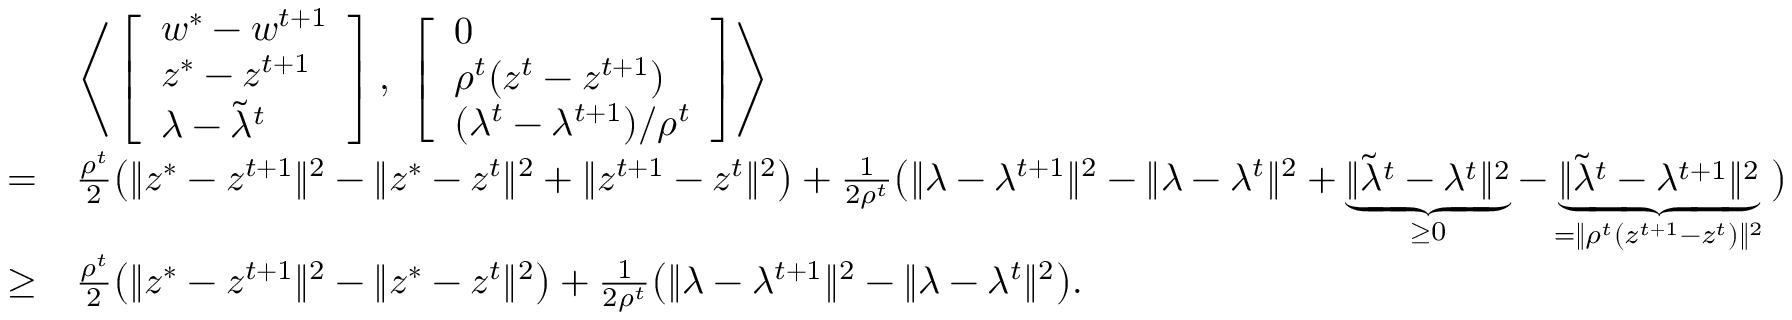
\begin{array} { r l } & { \Biggr \langle \left[ \begin{array} { l } { w ^ { * } - w ^ { t + 1 } } \\ { z ^ { * } - z ^ { t + 1 } } \\ { \lambda - \tilde { \lambda } ^ { t } } \end{array} \right] , \ \left[ \begin{array} { l } { 0 } \\ { \rho ^ { t } ( z ^ { t } - z ^ { t + 1 } ) } \\ { ( \lambda ^ { t } - \lambda ^ { t + 1 } ) / \rho ^ { t } } \end{array} \right] \Biggr \rangle } \\ { = } & { \textstyle \frac { \rho ^ { t } } { 2 } \big ( \| z ^ { * } - z ^ { t + 1 } \| ^ { 2 } - \| z ^ { * } - z ^ { t } \| ^ { 2 } + \| z ^ { t + 1 } - z ^ { t } \| ^ { 2 } \big ) + \frac { 1 } { 2 \rho ^ { t } } \big ( \| \lambda - \lambda ^ { t + 1 } \| ^ { 2 } - \| \lambda - \lambda ^ { t } \| ^ { 2 } + \underbrace { \| \tilde { \lambda } ^ { t } - \lambda ^ { t } \| ^ { 2 } } _ { \geq 0 } - \underbrace { \| \tilde { \lambda } ^ { t } - \lambda ^ { t + 1 } \| ^ { 2 } } _ { = \| \rho ^ { t } ( z ^ { t + 1 } - z ^ { t } ) \| ^ { 2 } } \big ) } \\ { \geq } & { \textstyle \frac { \rho ^ { t } } { 2 } \big ( \| z ^ { * } - z ^ { t + 1 } \| ^ { 2 } - \| z ^ { * } - z ^ { t } \| ^ { 2 } \big ) + \frac { 1 } { 2 \rho ^ { t } } \big ( \| \lambda - \lambda ^ { t + 1 } \| ^ { 2 } - \| \lambda - \lambda ^ { t } \| ^ { 2 } \big ) . } \end{array}